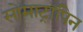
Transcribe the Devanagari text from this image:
सोमाट्रॉपिन